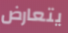
يتعارض